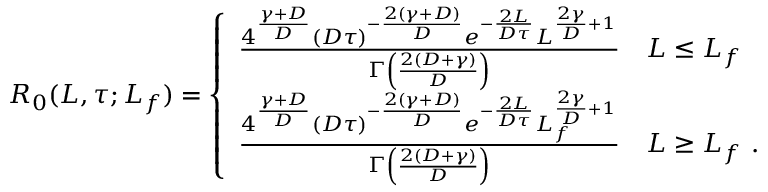
\begin{array} { r } { R _ { 0 } ( L , \tau ; L _ { f } ) = \left\{ \begin{array} { l l } { \frac { 4 ^ { \frac { \gamma + D } { D } } ( D \tau ) ^ { - \frac { 2 ( \gamma + D ) } { D } } e ^ { - \frac { 2 L } { D \tau } } L ^ { \frac { 2 \gamma } { D } + 1 } } { \Gamma \left( \frac { 2 ( D + \gamma ) } { D } \right) } } & { L \le L _ { f } } \\ { \frac { 4 ^ { \frac { \gamma + D } { D } } ( D \tau ) ^ { - \frac { 2 ( \gamma + D ) } { D } } e ^ { - \frac { 2 L } { D \tau } } L _ { f } ^ { \frac { 2 \gamma } { D } + 1 } } { \Gamma \left( \frac { 2 ( D + \gamma ) } { D } \right) } } & { L \ge L _ { f } \ . } \end{array} \right. } \end{array}